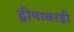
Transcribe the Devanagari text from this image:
द्वीपावरही